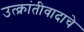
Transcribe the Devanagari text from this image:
उत्क्रांतीवादाचे